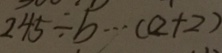
2 4 5 \div b \cdots ( a + 2 )